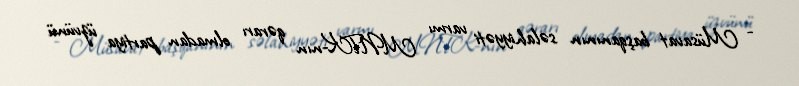
- Müsavat başqanının səlahiyyəti varmı MNTK-nın qərarı olmadan partiya üzvünü